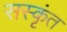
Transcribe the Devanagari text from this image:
सस्कृंत